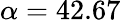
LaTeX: \alpha=42.67